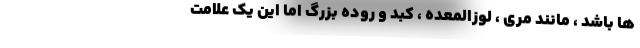
ها باشد ، مانند مری ، لوزالمعده ، کبد و روده بزرگ اما این یک علامت